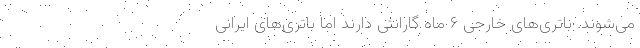
می‌شوند. باتری‌های خارجی ۶ ماه گارانتی دارند اما باتری‌های ایرانی